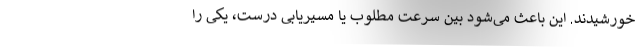
خورشیدند. این باعث می‌شود بین سرعت مطلوب یا مسیریابی درست، یکی را